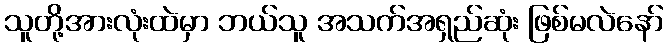
သူတို့အားလုံးထဲမှာ ဘယ်သူ အသက်အရှည်ဆုံး ဖြစ်မလဲနော်